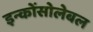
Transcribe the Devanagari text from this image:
इन्कोंसोलेबल